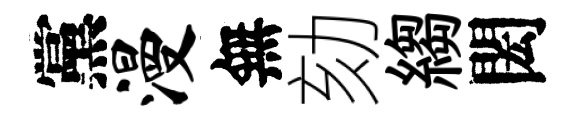
黨漫無劾縐閎